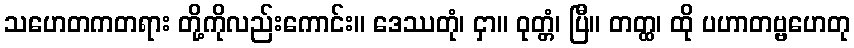
သဟေတကတရား တို့ကိုလည်းကောင်း။ ဒေဿတုံ၊ ငှာ။ ဝုတ္တံ၊ ပြီ။ တတ္ထ၊ ထို ပဟာတဗ္ဗဟေတု